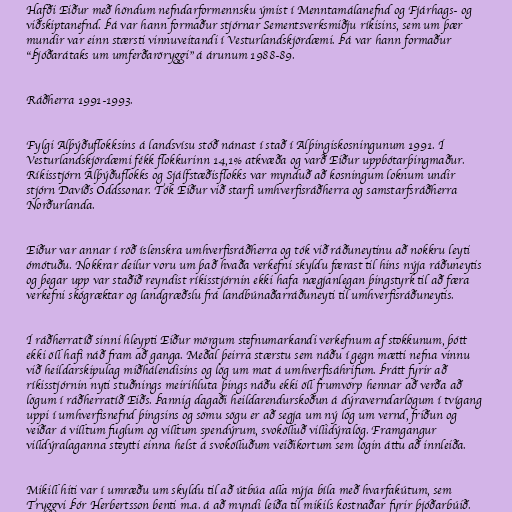
Hafði Eiður með höndum nefndarformennsku ýmist í Menntamálanefnd og Fjárhags- og
viðskiptanefnd. Þá var hann formaður stjórnar Sementsverksmiðju ríkisins, sem um þær
mundir var einn stærsti vinnuveitandi í Vesturlandskjördæmi. Þá var hann formaður
"Þjóðarátaks um umferðaröryggi" á árunum 1988-89.

Ráðherra 1991-1993.

Fylgi Alþýðuflokksins á landsvísu stóð nánast í stað í Alþingiskosningunum 1991. Í
Vesturlandskjördæmi fékk flokkurinn 14,1% atkvæða og varð Eiður uppbótarþingmaður.
Ríkisstjórn Alþýðuflokks og Sjálfstæðisflokks var mynduð að kosningum loknum undir
stjórn Davíðs Oddssonar. Tók Eiður við starfi umhverfisráðherra og samstarfsráðherra
Norðurlanda.

Eiður var annar í röð íslenskra umhverfisráðherra og tók við ráðuneytinu að nokkru leyti
ómótuðu. Nokkrar deilur voru um það hvaða verkefni skyldu færast til hins nýja ráðuneytis
og þegar upp var staðið reyndist ríkisstjórnin ekki hafa nægjanlegan þingstyrk til að færa
verkefni skógræktar og landgræðslu frá landbúnaðarráðuneyti til umhverfisráðuneytis.

Í ráðherratíð sinni hleypti Eiður mörgum stefnumarkandi verkefnum af stokkunum, þótt
ekki öll hafi náð fram að ganga. Meðal þeirra stærstu sem náðu í gegn mætti nefna vinnu
við heildarskipulag miðhálendisins og lög um mat á umhverfisáhrifum. Þrátt fyrir að
ríkisstjórnin nyti stuðnings meirihluta þings náðu ekki öll frumvörp hennar að verða að
lögum í ráðherratíð Eiðs. Þannig dagaði heildarendurskoðun á dýraverndarlögum í tvígang
uppi í umhverfisnefnd þingsins og sömu sögu er að segja um ný lög um vernd, friðun og
veiðar á villtum fuglum og villtum spendýrum, svokölluð villidýralög. Framgangur
villdýralaganna steytti einna helst á svokölluðum veiðikortum sem lögin áttu að innleiða.

Mikill hiti var í umræðu um skyldu til að útbúa alla nýja bíla með hvarfakútum, sem
Tryggvi Þór Herbertsson benti m.a. á að myndi leiða til mikils kostnaðar fyrir þjóðarbúið.